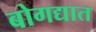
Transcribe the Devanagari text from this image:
बोगद्यात